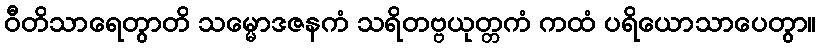
ဝီတိသာရေတွာတိ သမ္မောဒဇနကံ သရိတဗ္ဗယုတ္တကံ ကထံ ပရိယောသာပေတွာ။